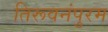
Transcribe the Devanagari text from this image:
तिरूवनंपुरम